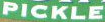
Pickle